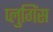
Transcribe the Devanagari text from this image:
प्लुगिंस